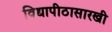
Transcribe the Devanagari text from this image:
विद्यापीठासारखी